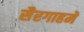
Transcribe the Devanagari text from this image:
सैरगाहमें